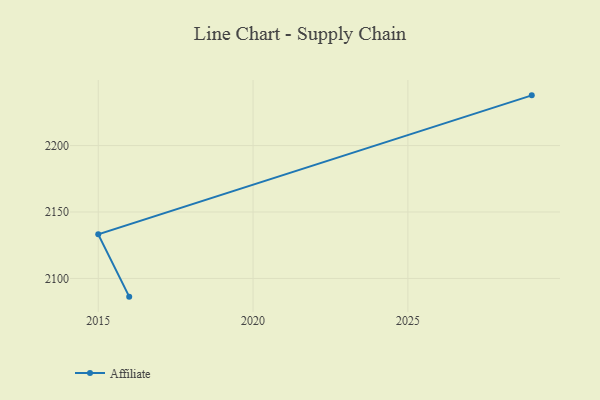
{"axis": {"x": "Year", "y": "Conversion Rate (%)"}, "legend": ["Affiliate"], "data": [{"x": "2016", "y": 2086.3, "type": "Affiliate"}, {"x": "2015", "y": 2133.2, "type": "Affiliate"}, {"x": "2029", "y": 2237.8, "type": "Affiliate"}]}